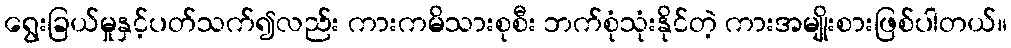
ရွေးခြယ်မှုနှင့်ပတ်သက်၍လည်း ကားကမိသားစုစီး ဘက်စုံသုံးနိုင်တဲ့ ကားအမျိုးစားဖြစ်ပါတယ်။